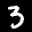
Label: 3